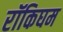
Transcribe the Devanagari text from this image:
रॉकिघम